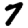
Digit: 7